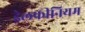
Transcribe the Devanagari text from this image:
डेलफीनियम